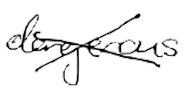
Text: dangerous
Cross-out: cross
Writing tool: digital_black